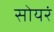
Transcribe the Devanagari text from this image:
सोयरं